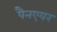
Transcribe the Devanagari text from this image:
पैनएयर